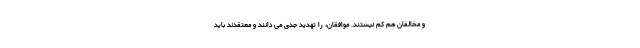
و مخالفان هم کم نیستند. موافقان، را تهدید جدی می دانند و معتقدند باید